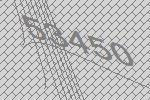
53450